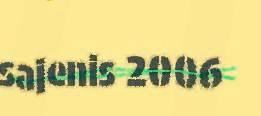
sajenis 2006